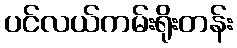
ပင်လယ်ကမ်းရိုးတန်း